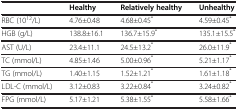
<table><thead><tr><td><b> </b></td><td><b>Healthy</b></td><td><b>Relatively healthy</b></td><td><b>Unhealthy</b></td></tr></thead><tbody><tr><td>RBC (10<sup>12</sup>/L)</td><td>4.76±0.48</td><td>4.68±0.45<sup>*</sup></td><td>4.59±0.45<sup>*</sup></td></tr><tr><td>HGB (g/L)</td><td>138.8±16.1</td><td>136.7±15.9<sup>*</sup></td><td>135.1±15.5<sup>*</sup></td></tr><tr><td>AST (U/L)</td><td>23.4±11.1</td><td>24.5±13.2<sup>*</sup></td><td>26.0±11.9<sup>*</sup></td></tr><tr><td>TC (mmol/L)</td><td>4.85±1.46</td><td>5.00±0.96<sup>*</sup></td><td>5.21±1.17<sup>*</sup></td></tr><tr><td>TG (mmol/L)</td><td>1.40±1.15</td><td>1.52±1.21<sup>*</sup></td><td>1.61±1.18<sup>*</sup></td></tr><tr><td>LDL-C (mmol/L)</td><td>3.12±0.83</td><td>3.22±0.84<sup>*</sup></td><td>3.24±0.82<sup>*</sup></td></tr><tr><td>FPG (mmol/L)</td><td>5.17±1.21</td><td>5.38±1.55<sup>*</sup></td><td>5.58±1.66<sup>*</sup></td></tr></tbody></table>